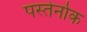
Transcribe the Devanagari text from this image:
पस्तेर्नाक